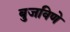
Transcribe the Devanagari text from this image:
बुजविणे